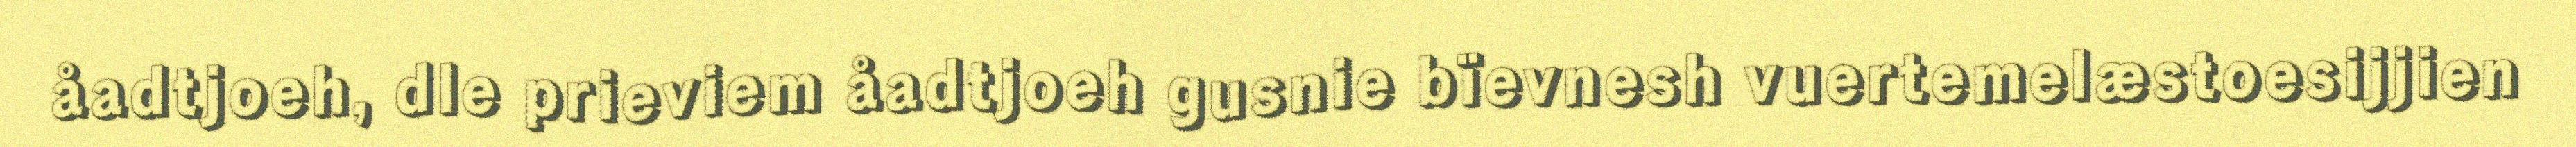
åadtjoeh, dle prieviem åadtjoeh gusnie bïevnesh vuertemelæstoesijjien